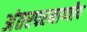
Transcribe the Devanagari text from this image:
अंतरपरमाण्वीय